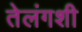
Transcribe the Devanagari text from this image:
तेलंगशी